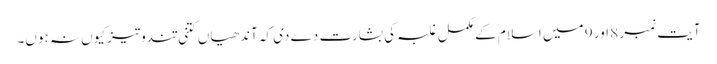
آیت نمبر 8 اور 9 میں اسلام کے مکمل غلبہ کی بشارت دے دی کہ آندھیاں کتنی تندوتیز کیوں نہ ہوں۔